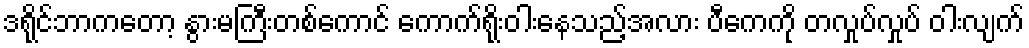
ဒရိုင်ဘာကတော့ နွားမကြီးတစ်ကောင် ကောက်ရိုးဝါးနေသည့်အလား ပီကေကို တလှုပ်လှုပ် ဝါးလျက်